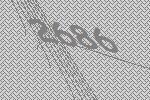
2686